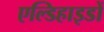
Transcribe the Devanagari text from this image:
एल्डिहाइडों